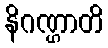
နိဂဏ္ဌာတိ